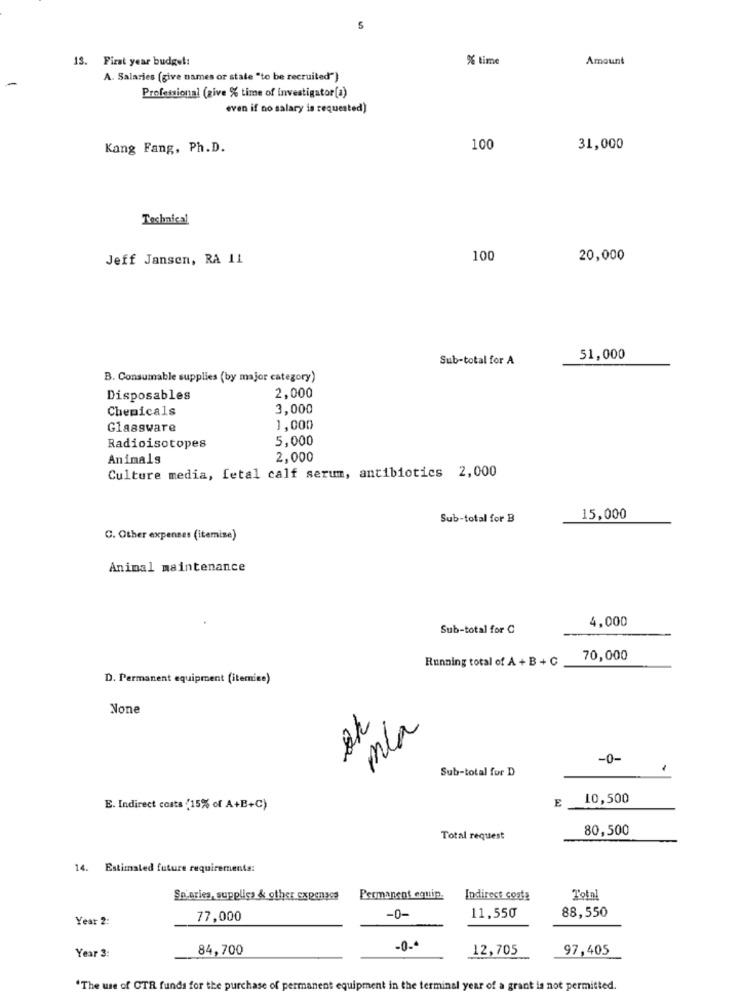
5
13. First year budget:
% time
Amount
A. Salaries (give names or state "to be recruited"}
Professional (give % time of investigator(a)
even if no salary is requested)
Kang Fang, Ph.D.
100
31,000
Technical
Jeff Jansen, RA 11
100
20,000
Sub-total for A
51,000
B. Consumable supplies (by major category)
Disposables
2,000
Chemicals
3,000
Glassware
1,000
5,000
Radioisotopes
Animals
2,000
Culture media, fetal calf serum, antibiotics 2,000
Sub-total for B
15,000
C. Other expenses (itemize)
Animal maintenance
4,000
Sub-total for C
Running total of A + B + C
70,000
D. Permanent equipment (itemize)
mla
-0-
Sub-total for D
E
10,500
E. Indirect costs (15% of A+B+C)
80,500
Total request
14. Estimated future requirements:
Sn'aries, supplica & other expenses
Permanent eenin.
Indirect costs
Total
Year 2:
77,000
-0-
11,550
88,550
Year 3
84,700
-0.4
12,705
97,405
"The use of CTR funds for the purchase of permanent equipment in the terminal year of a grant is not permitted.